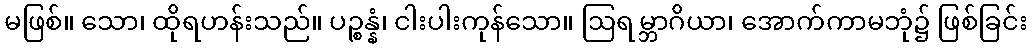
မဖြစ်။ သော၊ ထိုရဟန်းသည်။ ပဉ္စန္နံ၊ ငါးပါးကုန်သော။ ဩရမ္ဘာဂိယာ၊ အောက်ကာမဘုံ၌ ဖြစ်ခြင်း